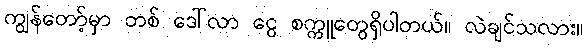
ကျွန်တော့်မှာ တစ် ဒေါ်လာ ငွေ စက္ကူတွေရှိပါတယ်။ လဲချင်သလား။